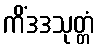
ကိံဒဒသုတ္တံ